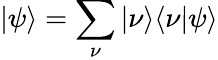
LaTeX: |\psi\rangle=\sum_{\nu}|\nu\rangle\langle\nu|\psi\rangle